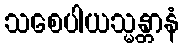
သစေပါယသ္မန္တာနံ